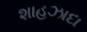
શાહઝાદા